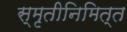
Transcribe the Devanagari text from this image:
स्मृतीनिमित्त